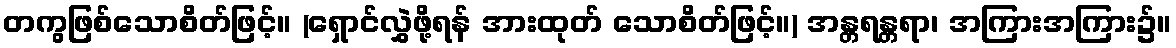
တကွဖြစ်သောစိတ်ဖြင့်။ (ရှောင်လွှဲဖို့ရန် အားထုတ် သောစိတ်ဖြင့်။) အန္တရန္တရာ၊ အကြားအကြား၌။